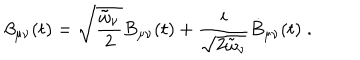
LaTeX: \beta _ { \mu \nu } ( t ) = \sqrt { \frac { \tilde { \omega } _ { \nu } } { 2 } } B _ { \mu \nu } ( t ) + \frac { i } { \sqrt { 2 \tilde { \omega } _ { \nu } } } \dot { B } _ { \mu \nu } ( t ) \; .